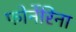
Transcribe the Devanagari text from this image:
फोर्नेरिना